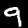
Digit: 9